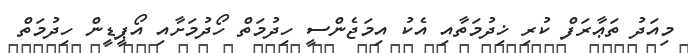
މިއަދު ތަޢާރަފް ކުރި ޚިދުމަތާއި އެކު އިމަޖެންސީ ހިދުމަތް ހޯދުމަށާއި އޯޕީޑީން ހިދުމަތް